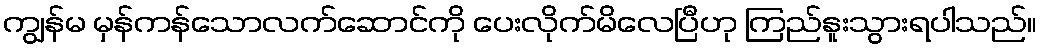
ကျွန်မ မှန်ကန်သောလက်ဆောင်ကို ပေးလိုက်မိလေပြီဟု ကြည်နူးသွားရပါသည်။